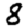
Digit: 8